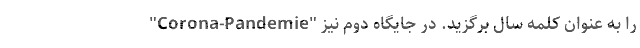
"Corona-Pandemie" را به عنوان کلمه سال برگزید. در جایگاه دوم نیز